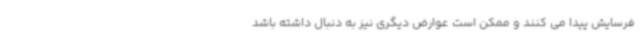
فرسایش پیدا می کنند و ممکن است عوارض دیگری نیز به دنبال داشته باشد